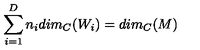
\sum _ { i = 1 } ^ { D } n _ { i } d i m _ { C } ( W _ { i } ) = d i m _ { C } ( M )